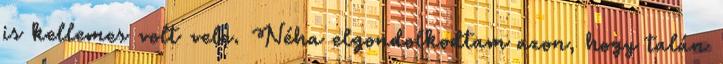
is kellemes volt vele. Néha elgondolkodtam azon, hogy talán